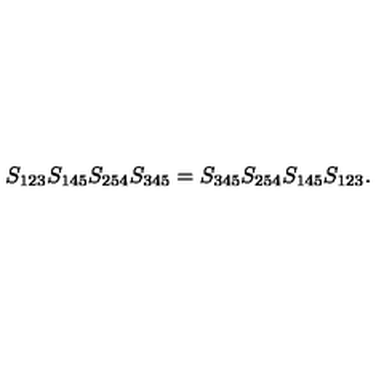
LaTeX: S _ { 1 2 3 } S _ { 1 4 5 } S _ { 2 5 4 } S _ { 3 4 5 } = S _ { 3 4 5 } S _ { 2 5 4 } S _ { 1 4 5 } S _ { 1 2 3 } .